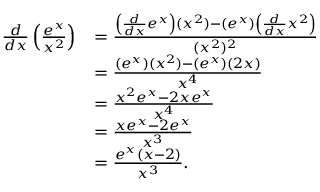
{ \begin{array} { r l } { { \frac { d } { d x } } \left( { \frac { e ^ { x } } { x ^ { 2 } } } \right) } & { = { \frac { \left( { \frac { d } { d x } } e ^ { x } \right) ( x ^ { 2 } ) - ( e ^ { x } ) \left( { \frac { d } { d x } } x ^ { 2 } \right) } { ( x ^ { 2 } ) ^ { 2 } } } } \\ & { = { \frac { ( e ^ { x } ) ( x ^ { 2 } ) - ( e ^ { x } ) ( 2 x ) } { x ^ { 4 } } } } \\ & { = { \frac { x ^ { 2 } e ^ { x } - 2 x e ^ { x } } { x ^ { 4 } } } } \\ & { = { \frac { x e ^ { x } - 2 e ^ { x } } { x ^ { 3 } } } } \\ & { = { \frac { e ^ { x } ( x - 2 ) } { x ^ { 3 } } } . } \end{array} }